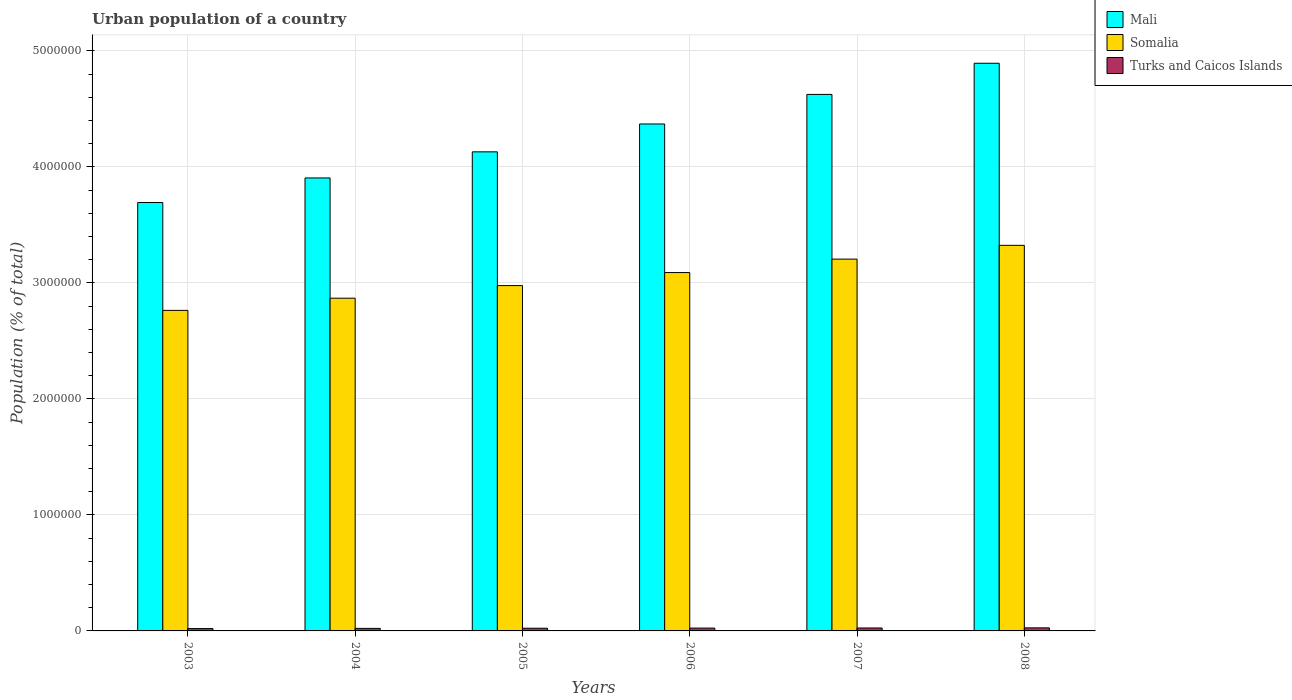
| Years | Mali | Somalia | Turks and Caicos Islands |
 | --- | --- | --- | --- |
 | 2003 | 3.69e+06 | 2.76e+06 | 2.03e+04 |
 | 2004 | 3.9e+06 | 2.87e+06 | 2.18e+04 |
 | 2005 | 4.13e+06 | 2.98e+06 | 2.32e+04 |
 | 2006 | 4.37e+06 | 3.09e+06 | 2.44e+04 |
 | 2007 | 4.62e+06 | 3.2e+06 | 2.54e+04 |
 | 2008 | 4.89e+06 | 3.32e+06 | 2.63e+04 |